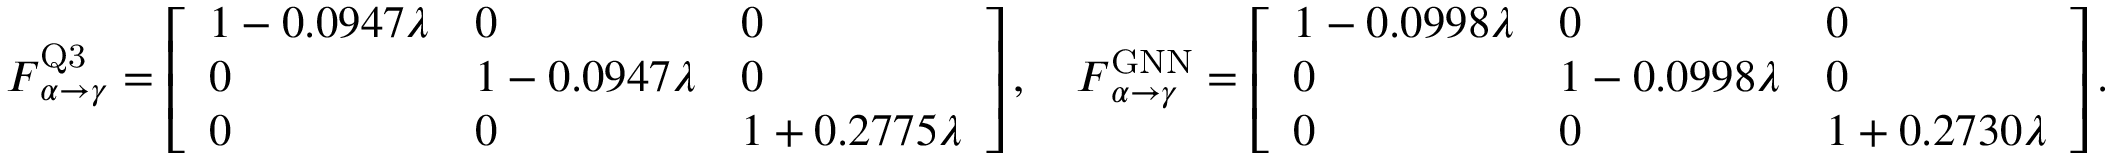
\boldsymbol { F } _ { \alpha \rightarrow \gamma } ^ { \mathrm { Q 3 } } = \left[ \begin{array} { l l l } { 1 - 0 . 0 9 4 7 \lambda } & { 0 } & { 0 } \\ { 0 } & { 1 - 0 . 0 9 4 7 \lambda } & { 0 } \\ { 0 } & { 0 } & { 1 + 0 . 2 7 7 5 \lambda } \end{array} \right] , \quad \boldsymbol { F } _ { \alpha \rightarrow \gamma } ^ { \mathrm { G N N } } = \left[ \begin{array} { l l l } { 1 - 0 . 0 9 9 8 \lambda } & { 0 } & { 0 } \\ { 0 } & { 1 - 0 . 0 9 9 8 \lambda } & { 0 } \\ { 0 } & { 0 } & { 1 + 0 . 2 7 3 0 \lambda } \end{array} \right] .